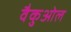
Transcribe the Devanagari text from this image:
वैकुओल